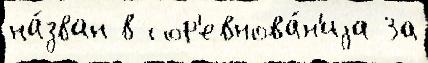
на́зван в сор'евнова́н'иjа За